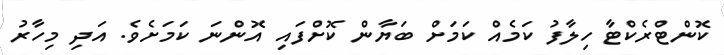
ކޮންޓްރެކްޓާ ހިލާފު ކަމެއް ކަމަށް ބަޔާން ކޮށްފައި އޮންނަ ކަމަށެވެ. އަދި މިހާރު